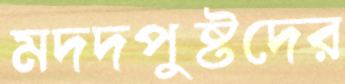
মদদপুষ্টদের